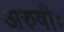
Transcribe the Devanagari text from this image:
अरुषीः